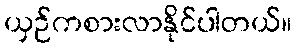
ယှဉ်ကစားလာနိုင်ပါတယ်။